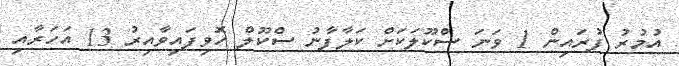
އުމުރު ފުރައިން 1 ވަނަ ސްކޫލަަކަށް ކަލާފާނު ސްކޫލް ހޮވިފައިވާއިރު 13 އަހަރާއި